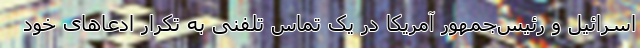
اسرائیل و رئیس‌جمهور آمریکا در یک تماس تلفنی به تکرار ادعاهای خود